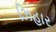
ઝિહાર